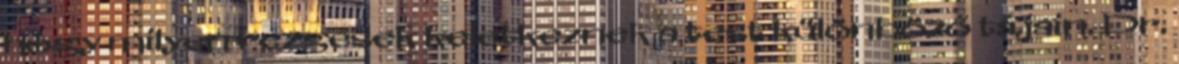
hogy milyen rezgések keletkeznek a test különböző tájain. Dr.